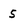
Character: S